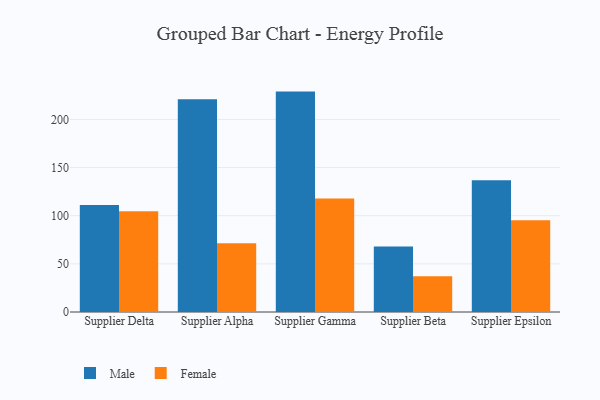
{"axis": {"x": "Supplier", "y": "Tickets Resolved"}, "legend": ["Female", "Male"], "data": [{"x": "Supplier Delta", "y": 111.0, "type": "Male"}, {"x": "Supplier Delta", "y": 104.7, "type": "Female"}, {"x": "Supplier Alpha", "y": 221.0, "type": "Male"}, {"x": "Supplier Alpha", "y": 71.3, "type": "Female"}, {"x": "Supplier Gamma", "y": 228.9, "type": "Male"}, {"x": "Supplier Gamma", "y": 118.0, "type": "Female"}, {"x": "Supplier Beta", "y": 67.9, "type": "Male"}, {"x": "Supplier Beta", "y": 37.1, "type": "Female"}, {"x": "Supplier Epsilon", "y": 136.9, "type": "Male"}, {"x": "Supplier Epsilon", "y": 95.3, "type": "Female"}]}